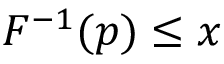
F ^ { - 1 } ( p ) \leq x